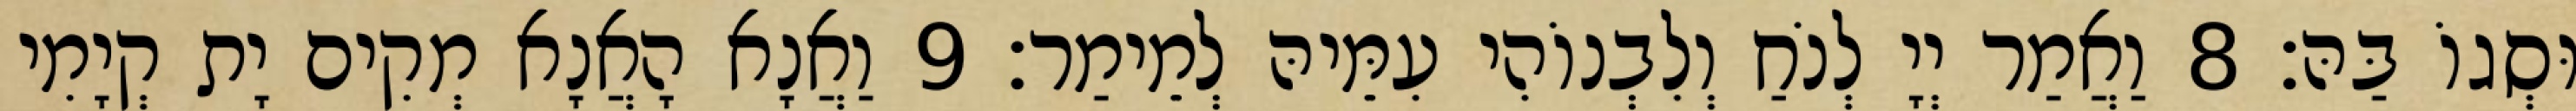
וּסְגוֹ בַּהּ׃ 8 וַאֲמַר יְיָ לְנֹחַ וְלִבְנוֹהִי עִמֵּיהּ לְמֵימַר׃ 9 וַאֲנָא הָאֲנָא מְקִים יָת קְיָמִי